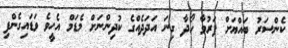
ކެންސަރު ބައްޔަށް ފަރުވާ ހޯދާ ގިނަ އަދަދެއްގެ ކުދިންނަށް މެޑަމް އެހީވެ ވަޑައިގެންފި